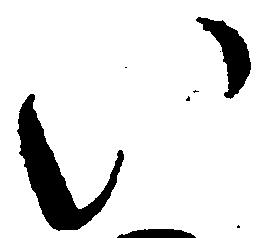
い